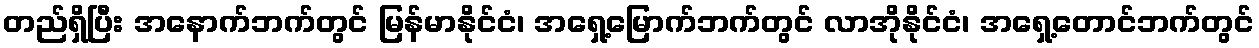
တည်ရှိပြီး အနောက်ဘက်တွင် မြန်မာနိုင်ငံ၊ အရှေ့မြောက်ဘက်တွင် လာအိုနိုင်ငံ၊ အရှေ့တောင်ဘက်တွင်